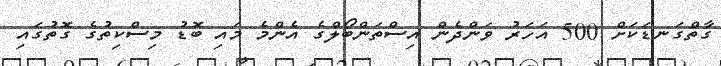
ގާތްގަނޑަކަށް 500 އަހަރު ވަންދެން އިސްތަންބޯލްގެ އެންމެ މައި ބޮޑު މިސްކިތުގެ ގޮތުގައި